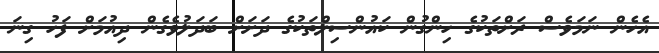
އެހެން ނަމަވެސް ރަށްތަކުގެ ހިންގުން ކައުންސިލްތަކުގެ ދަށަށް ބަދަލުވެގެން ދިއުމަށް ފަހު ގިނަ